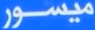
ميسور